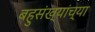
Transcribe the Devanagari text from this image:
बहुसंख्यांच्या